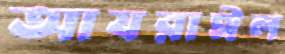
আযরাঈল